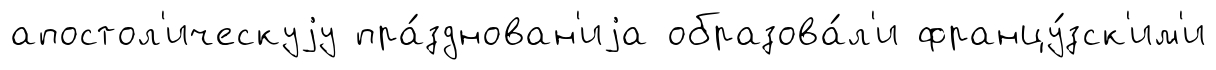
апостол'ическуjу пра́зднован'иjа образова́л'и францу́зск'им'и